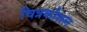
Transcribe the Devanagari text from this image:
चित्रकौशल